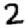
Digit: 2